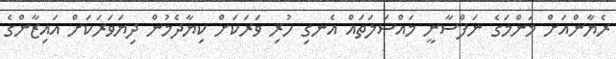
ރެޔާންއަށް މަންމަގެ ނަފްސާނީ މައްސަލަތައް އެނގި ހުރި ވަރަކަށް ކިޔާދެމުން ދިޔަވަރަކަށް އައިޒާންގެ